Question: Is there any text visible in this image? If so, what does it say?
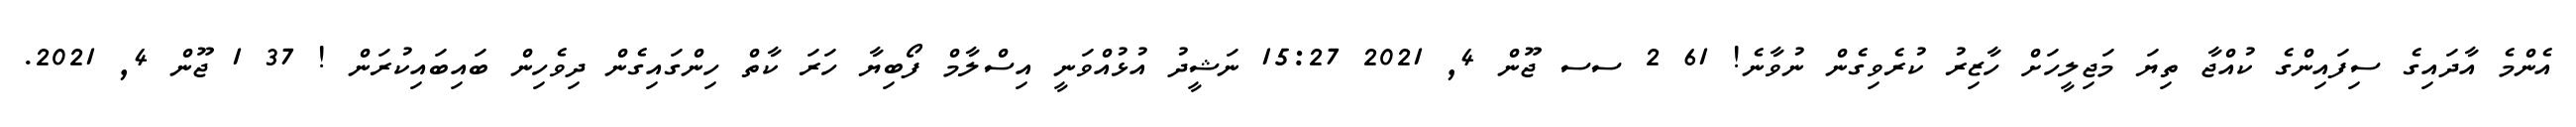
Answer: އެންމެ އާދައިގެ ސިފައިންގެ ކުއްޖާ ތިޔަ މަޖިލީހަށް ހާޒިރު ކުރެވިގެން ނުވާނެ! 61 2 ސސ ޖޫން 4, 2021 15:27 ނަޝީދު އުޅުއްވަނީ އިސްލާމް ފޯބިޔާ ހަރަ ކާތް ހިންގައިގެން ދިވެހިން ބައިބައިކުރަން ! 37 1 ޖޫން 4, 2021.